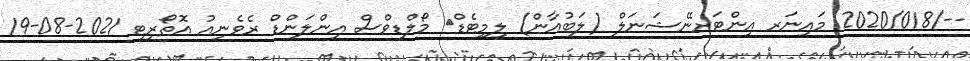
--/2020/018 މައިނަރ އިންޓަރނޭޝަނަލް (ލަބުއާން) ލިމިޓެޑް	 މޯލްޑިވްސް އިންލަންޑް ރެވެނިއު އޮތޯރިޓީ 2021-08-19